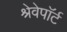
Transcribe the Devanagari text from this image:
श्रेवेपाॅर्ट